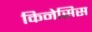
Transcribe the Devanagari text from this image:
किनेसिस